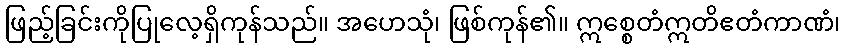
ဖြည့်ခြင်းကိုပြုလေ့ရှိကုန်သည်။ အဟေသုံ၊ ဖြစ်ကုန်၏။ ဣစ္စေတံဣတိဧတံကာဏံ၊